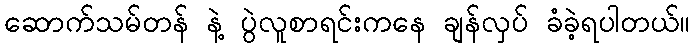
ဆောက်သမ်တန် နဲ့ ပွဲလူစာရင်းကနေ ချန်လှပ် ခံခဲ့ရပါတယ်။